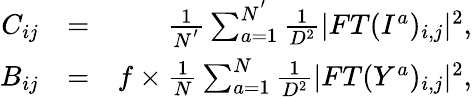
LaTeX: \begin{array}{rlr}{C_{ij}}&{=}&{\frac{1}{N^{'}}\sum_{a=1}^{N^{'}}\frac{1}{D^{2}}|FT(I^{a})_{i,j}|^{2},}\\ {B_{ij}}&{=}&{f\times\frac{1}{N}\sum_{a=1}^{N}\frac{1}{D^{2}}|FT(Y^{a})_{i,j}|^{2},}\end{array}